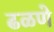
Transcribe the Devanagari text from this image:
ढळणे